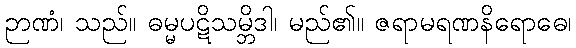
ဉာဏံ၊ သည်။ ဓမ္မပဋိသမ္ဘိဒါ၊ မည်၏။ ဇရာမရဏနိရောဓေ၊